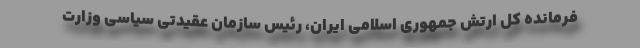
فرمانده کل ارتش جمهوری اسلامی ایران، رئیس سازمان عقیدتی سیاسی وزارت